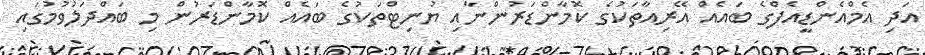
އަދި އެމްއެންޑީއެފްގެ ބައެއް އޭރިއާތަކުގެ ކޮމާންޑަރުންނާއި ޔުނިޓްތަކުގެ ބައެއް ކޮމާންޑަރުން މި ބައްދަލުވުމުގައި